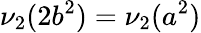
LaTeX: \nu_{2}(2b^{2})=\nu_{2}(a^{2})